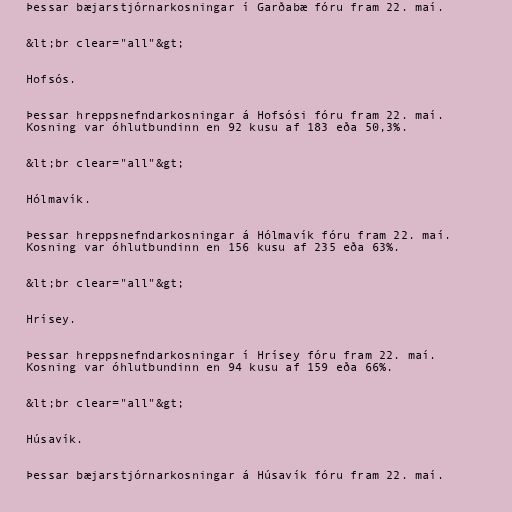
Þessar bæjarstjórnarkosningar í Garðabæ fóru fram 22. maí.

&lt;br clear="all"&gt;

Hofsós.

Þessar hreppsnefndarkosningar á Hofsósi fóru fram 22. maí.
Kosning var óhlutbundinn en 92 kusu af 183 eða 50,3%.

&lt;br clear="all"&gt;

Hólmavík.

Þessar hreppsnefndarkosningar á Hólmavík fóru fram 22. maí.
Kosning var óhlutbundinn en 156 kusu af 235 eða 63%.

&lt;br clear="all"&gt;

Hrísey.

Þessar hreppsnefndarkosningar í Hrísey fóru fram 22. maí.
Kosning var óhlutbundinn en 94 kusu af 159 eða 66%.

&lt;br clear="all"&gt;

Húsavík.

Þessar bæjarstjórnarkosningar á Húsavík fóru fram 22. maí.